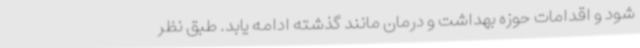
شود و اقدامات حوزه بهداشت و درمان مانند گذشته ادامه یابد. طبق نظر